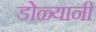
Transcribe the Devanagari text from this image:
डोळ्यानी